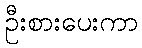
ဦးစားပေးကာ